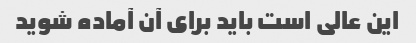
این عالی است باید برای آن آماده شوید